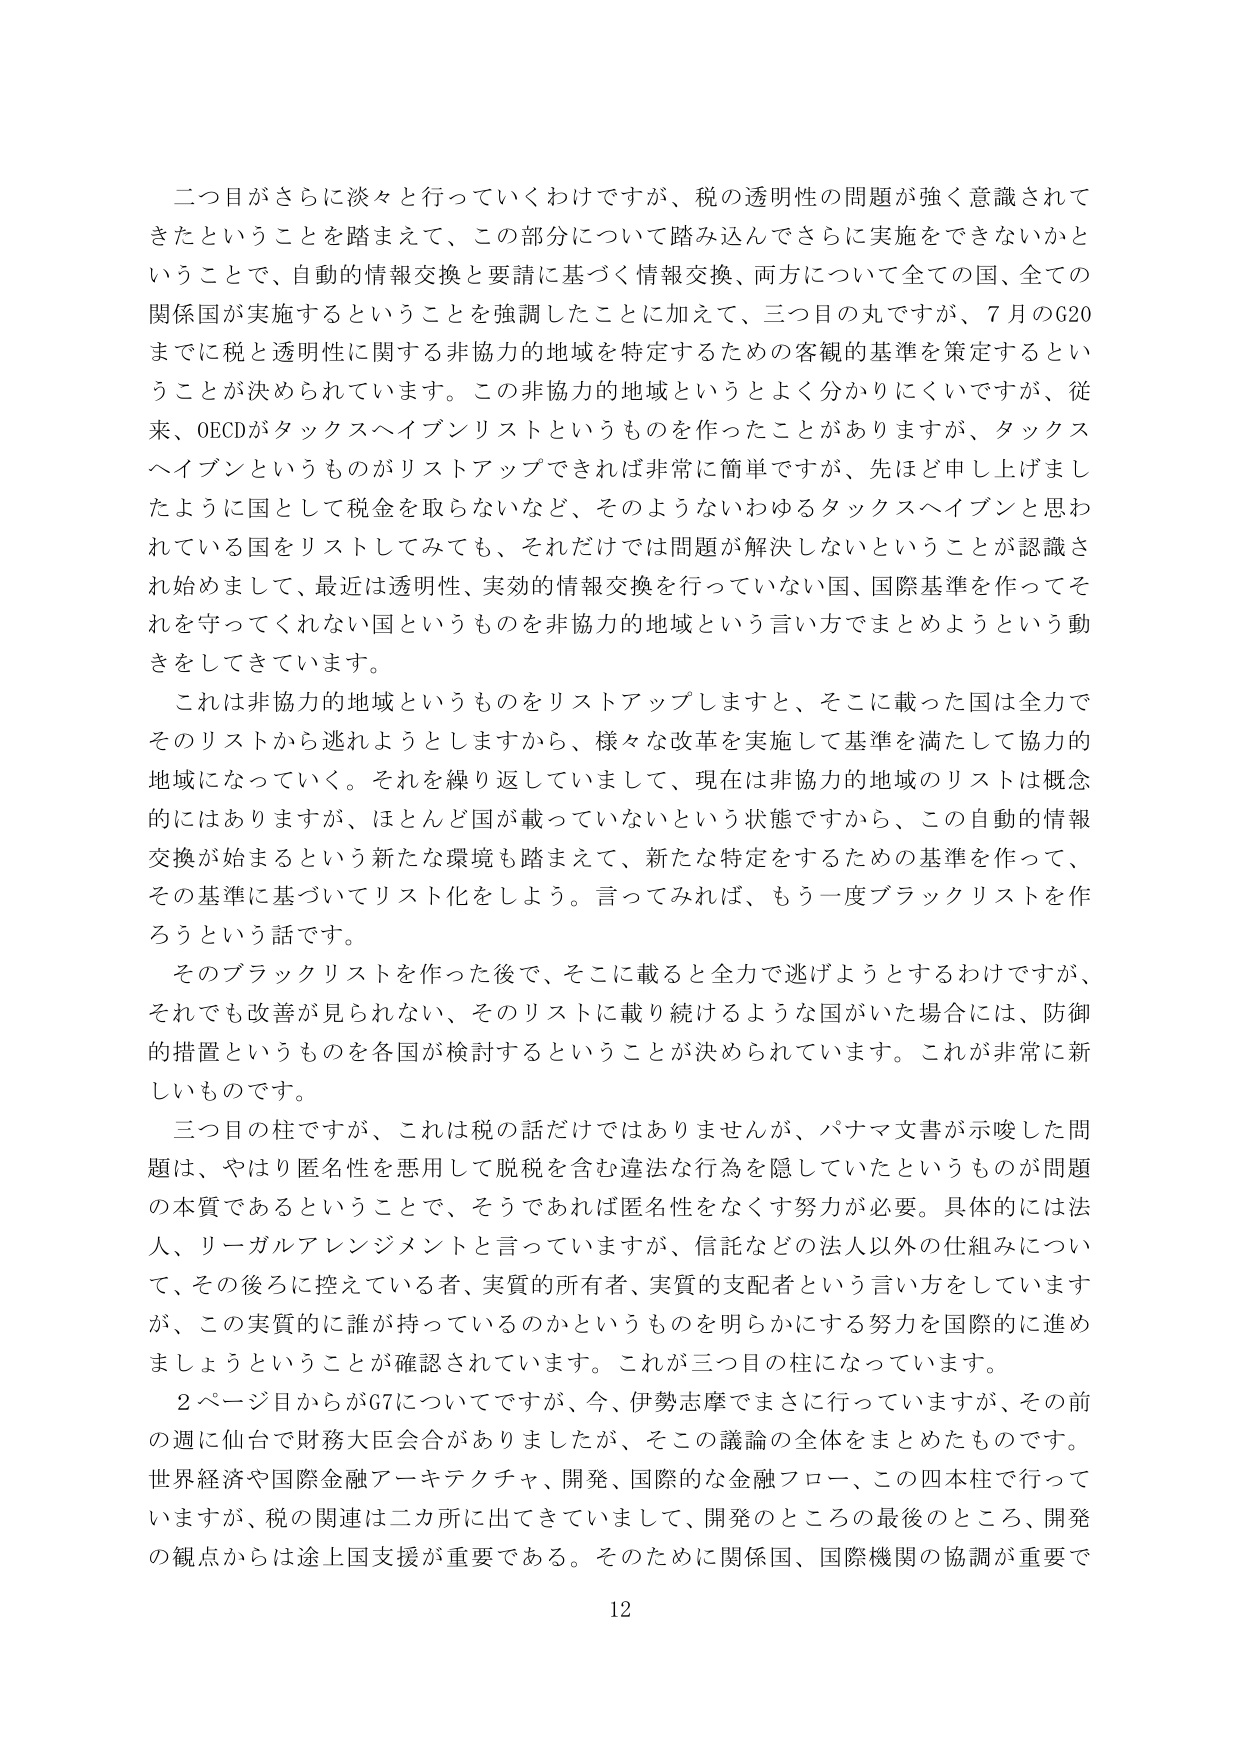
二つ目がさらに淡々と行っていくわけですが、税の透明性の問題が強く意識されてきたということを踏まえて、この部分について踏み込んでさらに実施をできないかということで、自動的情報交換と要請に基づく情報交換、両方について全ての国、全ての関係国が実施するということを強調したことに加えて、三つ目の丸ですが、7月のG20までに税と透明性に関する非協力的地域を特定するための客観的基準を策定するということが決められています。この非協力的地域というとよく分かりにくいですが、従来、OECDがタックスヘイブンリストというものを作ったことがあります、タックスヘイブンというものがリストアップできれば非常に簡単ですが、先ほど申し上げましたように国として税金を取らないなど、そのようないわゆるタックスヘイブンと思われている国をリストしてみても、それだけでは問題が解決しないということが認識され始めまして、最近は透明性、実効的情報交換を行っていない国、国際基準を作ってそれを守ってくれない国というものを非協力的地域という言い方でまとめようという動きをしてきています。

これは非協力的地域というものをリストアップしますと、そこに載った国は全力でそのリストから逃れようとしますから、様々な改革を実施して基準を満たして協力的地域になっていく。それを繰り返していまして、現在は非協力的地域のリストは概念的にはありますが、ほとんど国が載っていないという状態ですから、この自動的情報交換が始まるという新たな環境も踏まえて、新たな特定をするための基準を作って、その基準に基づいてリスト化をしよう。言ってみれば、もう一度ブラックリストを作ろうという話です。

そのブラックリストを作った後で、そこに載ると全力で逃げようとするわけですが、それでも改善が見られない、そのリストに載り続けるような国がいた場合には、防御的措置というものを各国が検討するということが決められています。これが非常に新しいものです。

三つ目の柱ですが、これは税の話だけではありませんが、パナマ文書が示唆した問題は、やはり匿名性を悪用して脱税を含む違法な行為を隠していたというものが問題の本質であるということで、そうであれば匿名性をなくす努力が必要。具体的には法人、リーガルアレンジメントと言っていますが、信託などの法人以外の仕組みについて、その後ろに控えている者、実質的所有者、実質的支配者という言い方をしていますが、この実質的に誰が持っているのかというものを明らかにする努力を国際的に進めましょうということが確認されています。これが三つ目の柱になっています。

2ページ目からがG7についてですが、今、伊勢志摩でまさに⾏っていますが、その前の週に仙台で財務大臣会合がありましたが、そこでの議論の全体をまとめたものです。世界経済や国際金融アーキテクチャ、開発、国際的な金融フロー、この四本柱で行っていますが、税の関連は二カ所に出てきています、開発のところの最後のところ、開発の観点からは途上国支援が重要である。そのために関係国、国際機関の協調が重要で

12